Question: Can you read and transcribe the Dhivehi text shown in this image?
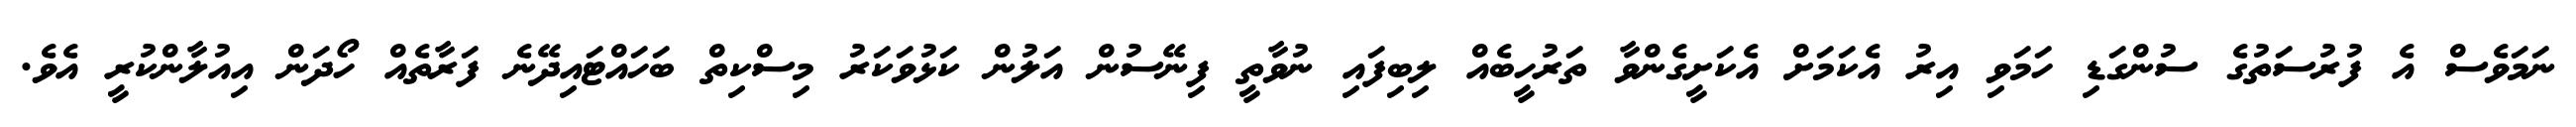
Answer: ނަމަވެސް އެ ފުރުސަތުގެ ސުންގަޑި ހަމަވި އިރު އެކަމަށް އެކަށީގެންވާ ތަރުހީބެއް ލިބިފައި ނުވާތީ ފިނޭސުން އަލުން ކަޅުވަކަރު މިސްކިތް ބަހައްޓައިދޭނެ ފަރާތެއް ހޯދަން އިއުލާންކުރީ އެވެ.